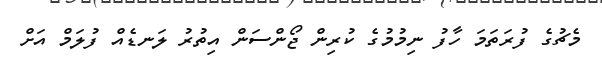
މެޗުގެ ފުރަތަމަ ހާފު ނިމުމުގެ ކުރިން ޖޯންސަން އިތުރު ލަނޑެއް ފުލަމް އަށް